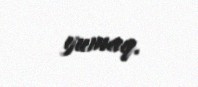
yumaq.